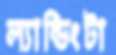
ল্যান্ডিংটা